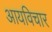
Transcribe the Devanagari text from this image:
आयविचार